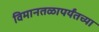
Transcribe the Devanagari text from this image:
विमानतळापर्यंतच्या